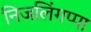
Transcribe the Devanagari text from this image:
निजलिंगप्पा